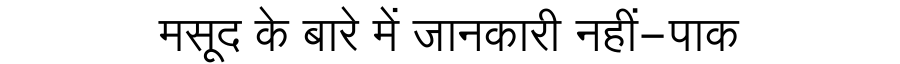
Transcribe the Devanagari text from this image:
मसूद के बारे में जानकारी नहीं-पाक